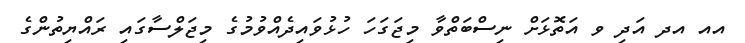
އއ އދ އަދި ވ އަތޮޅަށް ނިސްބަތްވާ މިިޖަގަހަ ހުޅުވައިދެއްވުމުގެ މިޖަލްސާގައި ރައްޔިތުންގެ